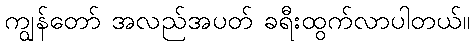
ကျွန်တော် အလည်အပတ် ခရီးထွက်လာပါတယ်။